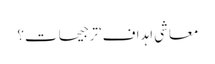
معاشی اہداف‘ترجیحات؟